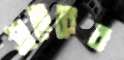
সাহেবের